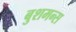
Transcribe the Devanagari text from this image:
बुशमन्स